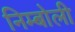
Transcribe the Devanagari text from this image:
निम्‍बोली